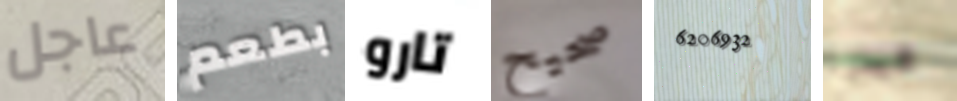
عاجل بطعم تارو صحيح 6206932 هيدرا